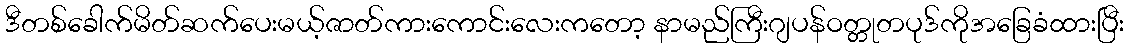
ဒီတစ်ခေါက်မိတ်ဆက်ပေးမယ့်ဇာတ်ကားကောင်းလေးကတော့ နာမည်ကြီးဂျပန်ဝတ္တုတပုဒ်ကိုအခြေခံထားပြီး